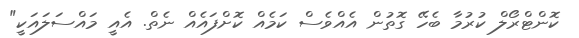
ކޮންޓްރޯލް ކުރުމާ ބެހޭ ގޮތުން އެއްވެސް ކަމެއް ކޮށްފައެއް ނެތް. އެއީ މައްސަލައަކީ"